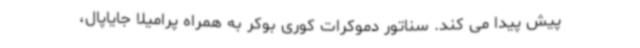
پیش پیدا می کند. سناتور دموکرات کوری بوکر به همراه پرامیلا جایاپال،